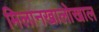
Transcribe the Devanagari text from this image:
मिलानखालोखाल